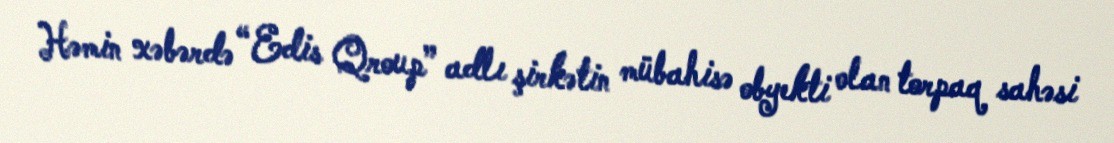
Həmin xəbərdə “Edis Qroup” adlı şirkətin mübahisə obyekti olan torpaq sahəsi